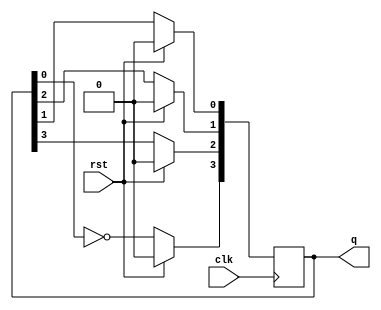
module jcounter (clk,rst,q);
	parameter width = 3;
	input clk,rst;
	output reg [width:0] q=0;
	integer i;
	
	always @(posedge clk) begin 
		if (rst)
			begin
				q <= 0;
			end
		else
			begin
				for(i=0;i<=width-1;i=i+1) begin
					q[i]<=q[i+1];
				end

			   /*q[0] <= q[1];
				q[1] <= q[2];
				q[2] <= q[3];*/
				q[width] <= ~q[0];
			end	
	end
endmodule